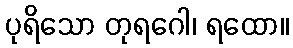
ပုရိသော တုရဂေါ၊ ရထော။